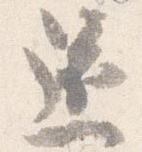
還